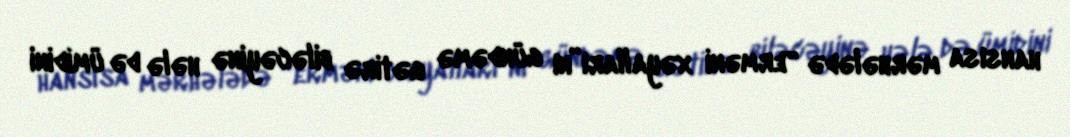
hansısa mərhələdə “erməni xəyalları”nı gündəmə gətirə biləcəyinə hələ də ümidini